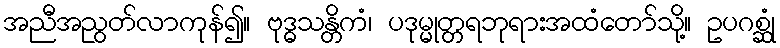
အညီအညွတ်လာကုန်၍။ ဗုဒ္ဓသန္တိကံ၊ ပဒုမ္မုတ္တရဘုရားအထံတော်သို့။ ဥပဂစ္ဆုံ